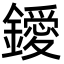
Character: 鑀